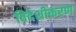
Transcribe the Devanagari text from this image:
विदेशीकरण